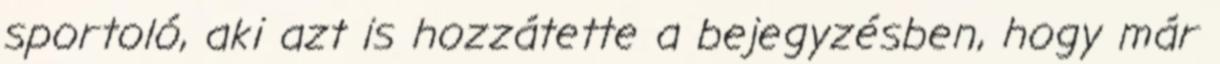
sportoló, aki azt is hozzátette a bejegyzésben, hogy már